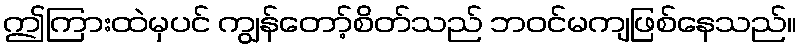
ဤကြားထဲမှပင် ကျွန်တော့်စိတ်သည် ဘဝင်မကျဖြစ်နေသည်။